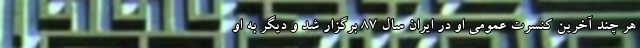
هر چند آخرین کنسرت عمومی او در ایران سال 87 برگزار شد و دیگر به او